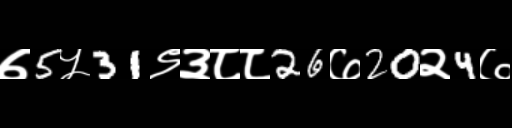
Text: ७5५31९३८८26७20२4७